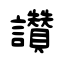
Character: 讚